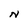
Character: N